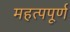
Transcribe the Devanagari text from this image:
महत्‍पपूर्ण